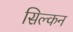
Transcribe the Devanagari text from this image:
सिल्कन